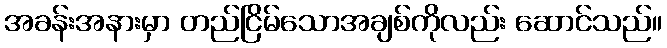
အခန်းအနားမှာ တည်ငြိမ်သောအချစ်ကိုလည်း ဆောင်သည်။